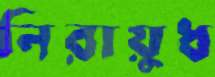
নিরায়ুধ